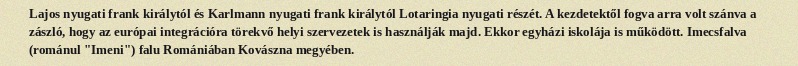
Lajos nyugati frank királytól és Karlmann nyugati frank királytól Lotaringia nyugati részét. A kezdetektől fogva arra volt szánva a zászló, hogy az európai integrációra törekvő helyi szervezetek is használják majd. Ekkor egyházi iskolája is működött. Imecsfalva (románul "Imeni") falu Romániában Kovászna megyében.